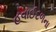
હવાઈદળના